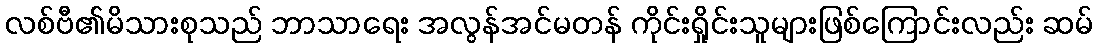
လစ်ဗီ၏မိသားစုသည် ဘာသာရေး အလွန်အင်မတန် ကိုင်းရှိုင်းသူများဖြစ်ကြောင်းလည်း ဆမ်